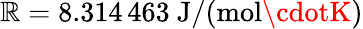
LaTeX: \mathbb{R}=8.314\, 463~\mathrm{{J/(mol\cdotK)}}